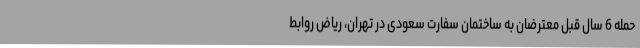
حمله 6 سال قبل معترضان به ساختمان سفارت سعودی در تهران، ریاض روابط